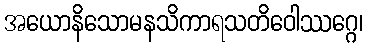
အယောနိသောမနသိကာရသတိဝေါဿဂ္ဂေ၊